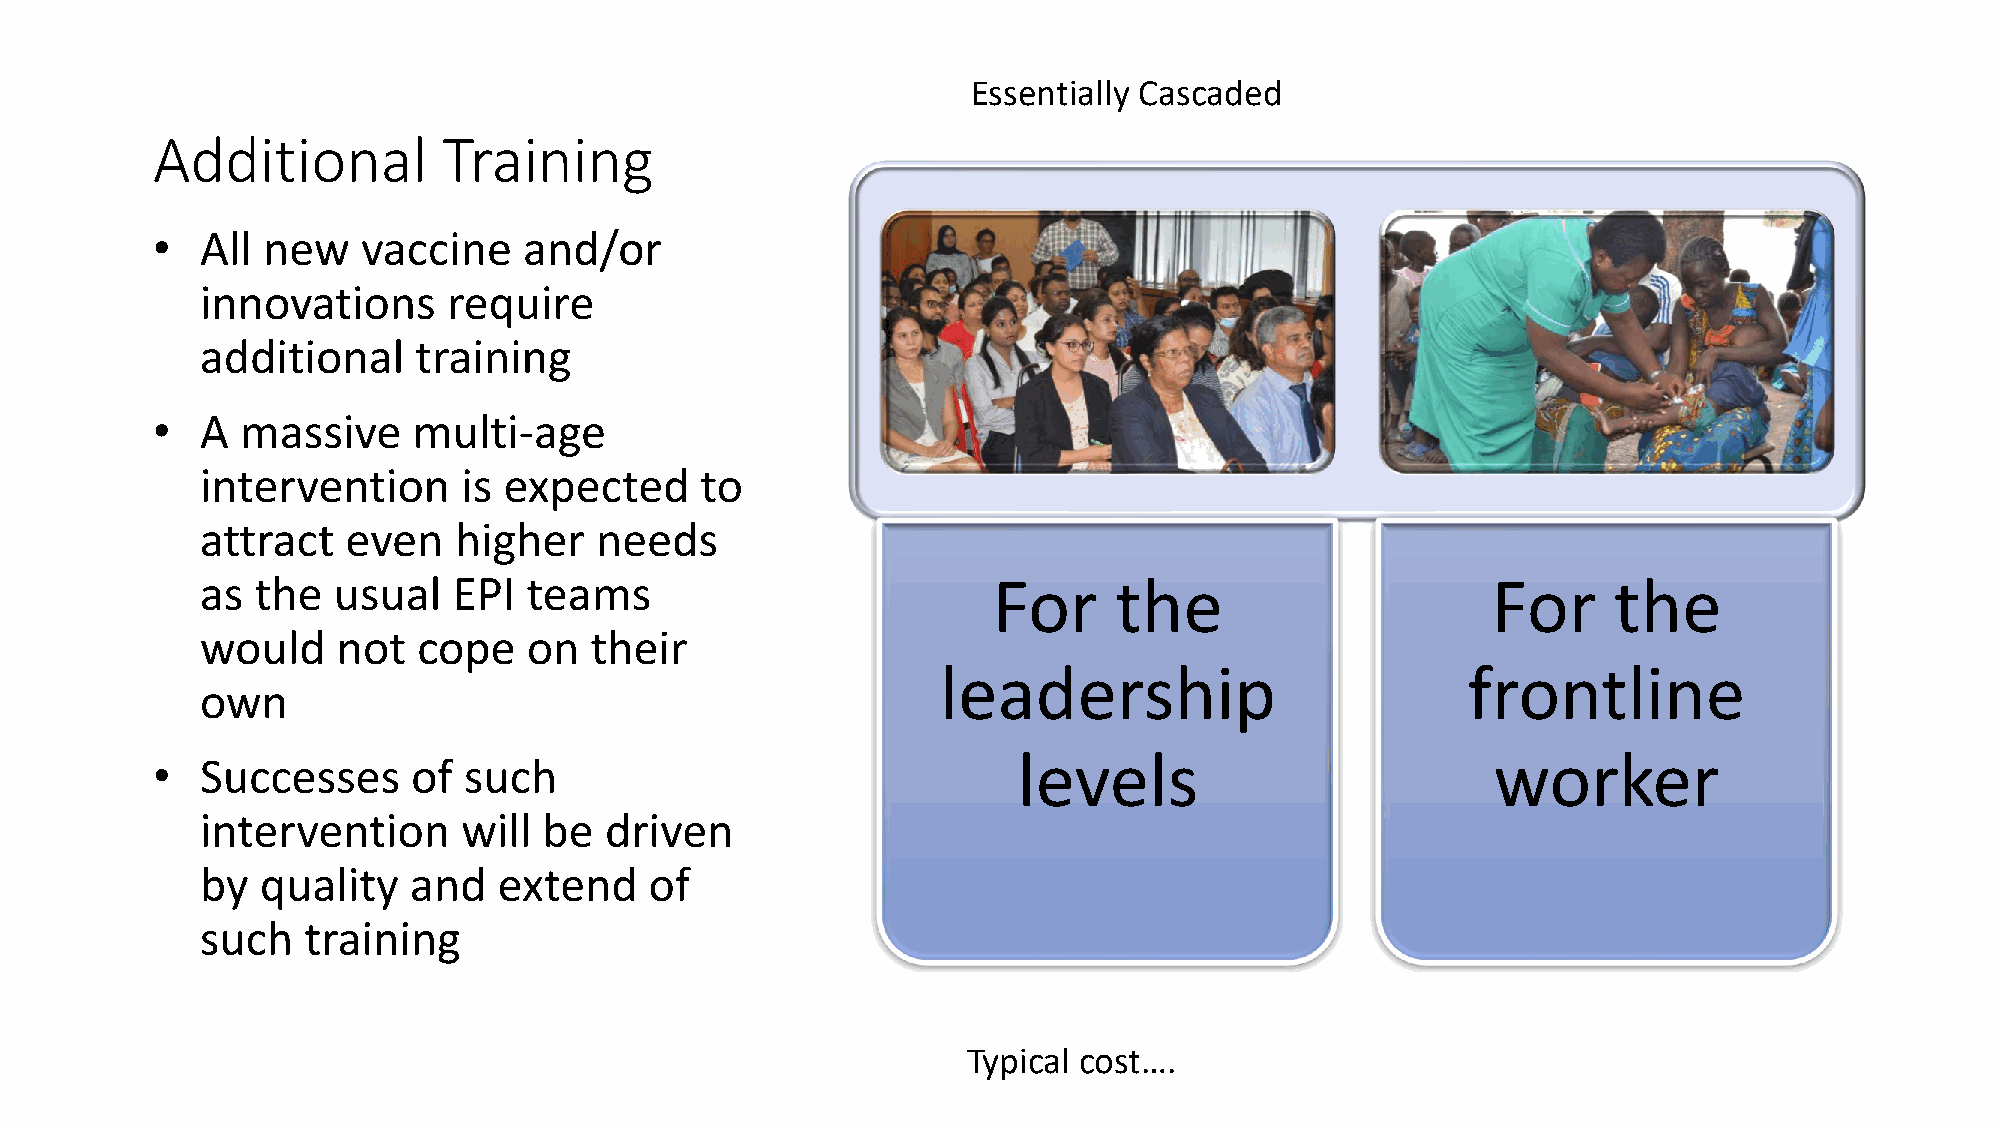
Essentially Cascaded
 Additional         Training
 •  All new    vaccine    and/or
 innovations      require
 additional    training
 •  A  massive    multi-age
 intervention      is expected    to
 attract   even   higher   needs
 as  the  usual   EPI  teams                          For     the                      For     the
 would    not   cope   on  their
 leadership                         frontline
 own
 levels                          worker
 •  Successes     of  such
 intervention      will be  driven
 by  quality   and   extend    of
 such   training
 Typical cost….